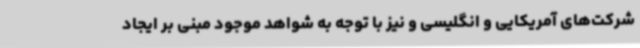
شرکت‌های آمریکایی و انگلیسی و نیز با توجه به شواهد موجود مبنی بر ایجاد